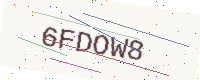
Text: 6FDOW8